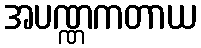
အပဏ္ဏကတာယ